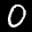
Label: 0